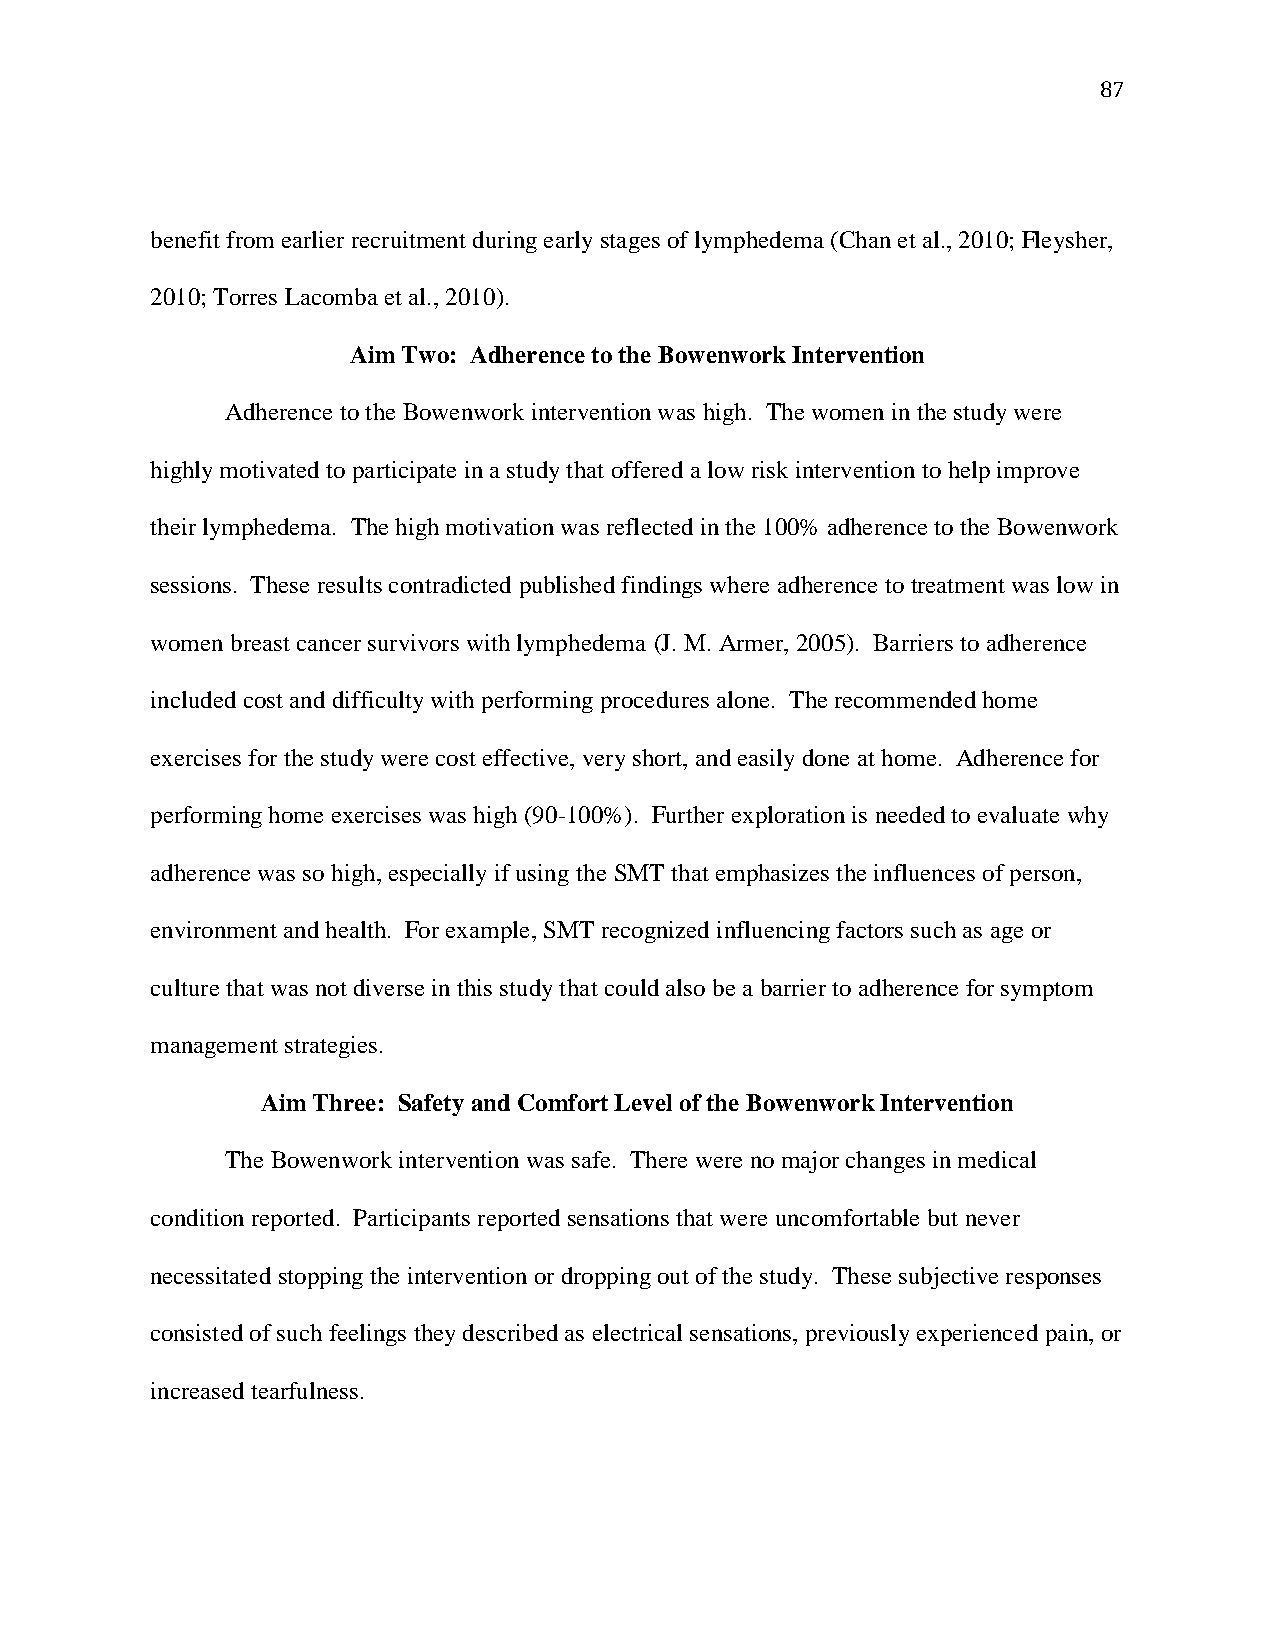
87
 benefit from earlier recruitment during early stages of lymphedema (Chan et al., 2010; Fleysher,
 2010; Torres Lacomba et al., 2010).
 Aim Two: Adherence to the Bowenwork Intervention
 Adherence to the Bowenwork intervention was high. The women in the study were
 highly motivated to participate in a study that offered a low risk intervention to help improve
 their lymphedema. The high motivation was reflected in the 100% adherence to the Bowenwork
 sessions. These results contradicted published findings where adherence to treatment was low in
 women breast cancer survivors with lymphedema (J. M. Armer, 2005). Barriers to adherence
 included cost and difficulty with performing procedures alone. The recommended home
 exercises for the study were cost effective, very short, and easily done at home. Adherence for
 performing home exercises was high (90-100%). Further exploration is needed to evaluate why
 adherence was so high, especially if using the SMT that emphasizes the influences of person,
 environment and health. For example, SMT recognized influencing factors such as age or
 culture that was not diverse in this study that could also be a barrier to adherence for symptom
 management strategies.
 Aim Three: Safety and Comfort Level of the Bowenwork Intervention
 The Bowenwork intervention was safe. There were no major changes in medical
 condition reported. Participants reported sensations that were uncomfortable but never
 necessitated stopping the intervention or dropping out of the study. These subjective responses
 consisted of such feelings they described as electrical sensations, previously experienced pain, or
 increased tearfulness.